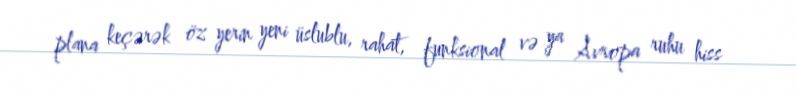
plana keçərək öz yerin yeni üslublu, rahat, funksional və ya Avropa ruhu hiss